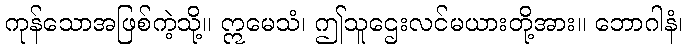
ကုန်သောအဖြစ်ကဲ့သို့။ ဣမေသံ၊ ဤသူဌေးလင်မယားတို့အား။ ဘောဂါနံ၊